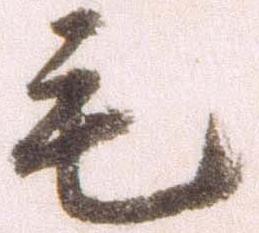
毛